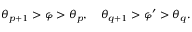
\theta _ { p + 1 } > \varphi > \theta _ { p } , \quad \theta _ { q + 1 } > \varphi ^ { \prime } > \theta _ { q } .